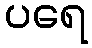
ပရေ